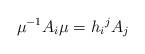
LaTeX: \begin{align*}\mu ^{-1}A_{i}\mu =h_{i}{}^j A_{j}\end{align*}